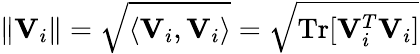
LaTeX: \| {\mathbf V}_{i}\| =\sqrt{\langle{\mathbf V}_{i},{\mathbf V}_{i}\rangle}=\sqrt{\mathrm{Tr}[{\mathbf V}_{i}^{T}{\mathbf V}_{i}]}